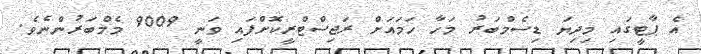
އެ ޕާޓީގައި މިދިޔަ ޑިސެމްބަރު މަހާ ހަމައަށް ރަޖިސްޓްރީކޮށްފައި ވަނީ 9009 މެމްބަރުންނެވެ.